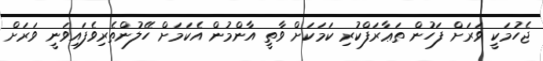
ޖެހުމަކީ ވަރަށް ފަހުން ތަޢާރަފްކުރި ކަމަކަށް ވާތީ އާންމުން އެކަމަށް ހޭލުންތެރިވެފައިވަނީ ވަރަށް